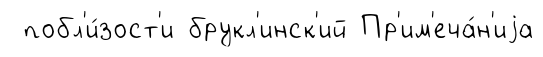
побл'и́зост'и брукл'инск'ий Пр'им'еча́н'иjа